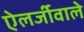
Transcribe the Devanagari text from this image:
ऐलर्जीवाले